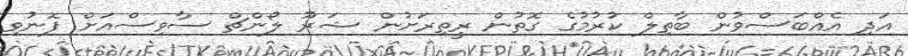
އަދި އެއްބަސްވުން ބާތިލް ކުރުމުގެ ގޮތުން ރީތިރަށުން ޝަރޫ ލޯންޗް ސާވިސްއަށް ފޮނުވި